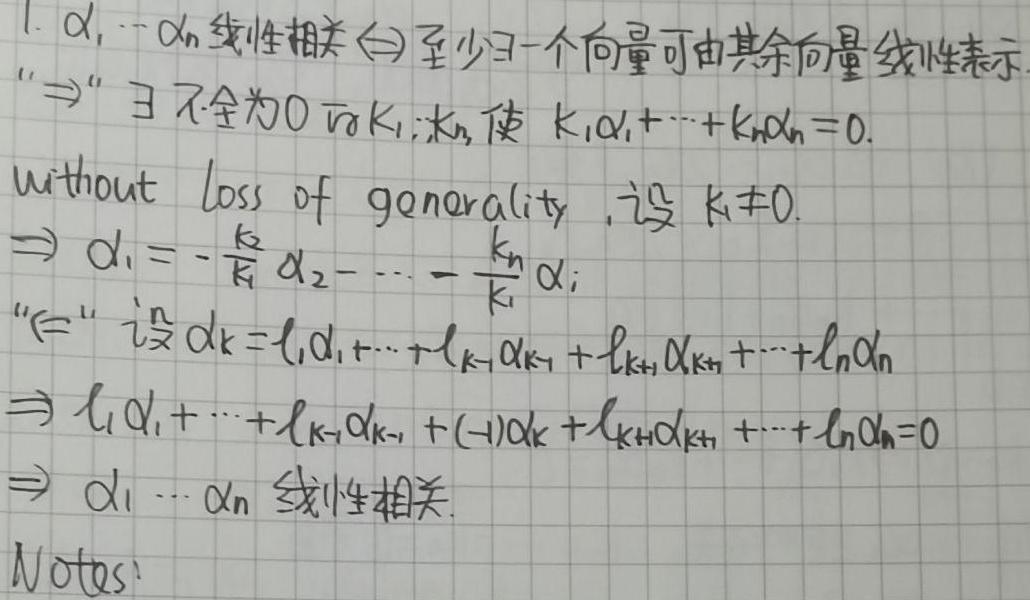
1. $\alpha_1,\cdots,\alpha_n$ 线性相关 $\Leftrightarrow$ 至少有一个向量可由其余向量线性表示.
"$\Rightarrow$" $\exists$ 不全为 0 的 $k_1,\cdots,k_n$, 使 $k_1\alpha_1+\cdots + k_n\alpha_n = 0$.
without loss of generality, 设 $k_1\neq 0$.
$\Rightarrow \alpha_1=-\frac{k_2}{k_1}\alpha_2-\cdots-\frac{k_n}{k_1}\alpha_n$.
"$\Leftarrow$" 设 $\alpha_k = l_1\alpha_1+\cdots + l_{k - 1}\alpha_{k - 1}+l_{k + 1}\alpha_{k + 1}+\cdots + l_n\alpha_n$
$\Rightarrow l_1\alpha_1+\cdots + l_{k - 1}\alpha_{k - 1}+(- 1)\alpha_k + l_{k + 1}\alpha_{k + 1}+\cdots + l_n\alpha_n = 0$
$\Rightarrow \alpha_1,\cdots,\alpha_n$ 线性相关.
Notes: